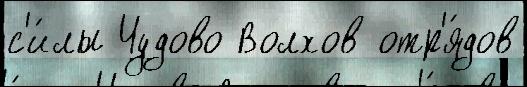
с'и́лы Чудово Волхов отр'я́дов